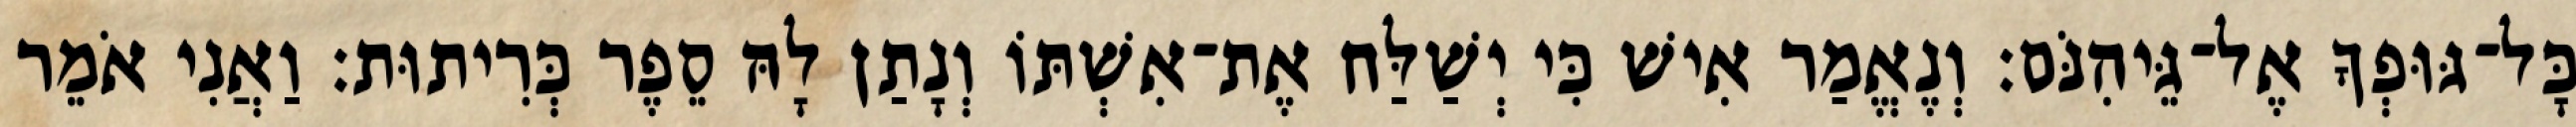
כָּל־גּוּפְךָ אֶל־גֵּיהִנֹּם׃ וְנֶאֱמַר אִישׁ כִּי יְשַׁלַּח אֶת־אִשְׁתּוֹ וְנָתַן לָהּ סֵפֶר כְּרִיתוּת׃ וַאֲנִי אֹמֵר